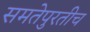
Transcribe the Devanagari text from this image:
समतेपुरतीच